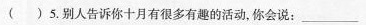
( )5.别人告诉你十月有很多有趣的活动,你会说：___